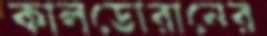
কালডোরানের